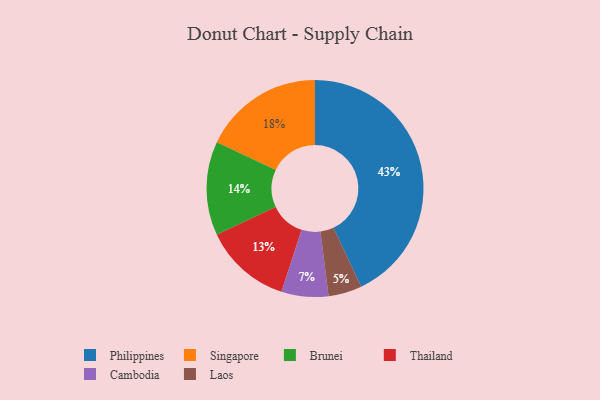
{"axis": {"x": "Category", "y": "Percentage"}, "legend": ["Brunei", "Cambodia", "Laos", "Philippines", "Singapore", "Thailand"], "data": [{"x": "Cambodia", "y": 7, "type": "Cambodia"}, {"x": "Singapore", "y": 18, "type": "Singapore"}, {"x": "Thailand", "y": 13, "type": "Thailand"}, {"x": "Laos", "y": 5, "type": "Laos"}, {"x": "Philippines", "y": 43, "type": "Philippines"}, {"x": "Brunei", "y": 14, "type": "Brunei"}]}